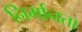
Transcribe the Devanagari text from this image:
निर्मानता